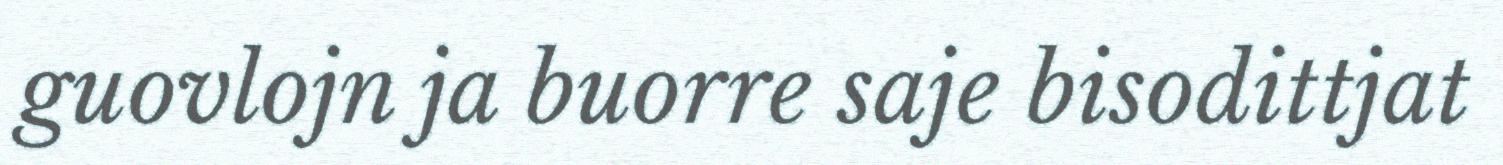
guovlojn ja buorre saje bisodittjat